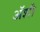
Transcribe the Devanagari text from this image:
अॅशी